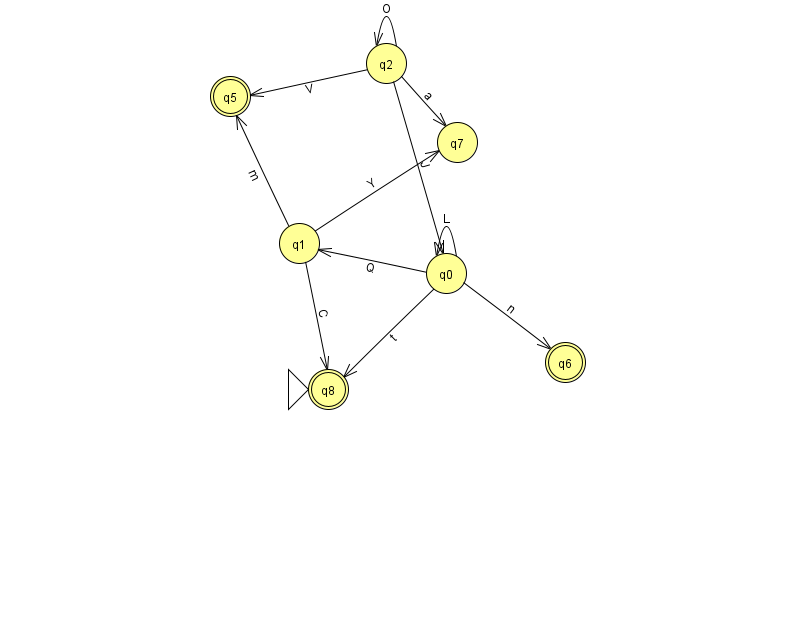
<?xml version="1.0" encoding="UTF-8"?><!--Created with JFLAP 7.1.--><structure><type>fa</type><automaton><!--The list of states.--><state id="0" name="q0"><x>446.0</x><y>260.0</y></state><state id="1" name="q1"><x>299.0</x><y>230.0</y></state><state id="2" name="q2"><x>386.0</x><y>50.0</y></state><state id="5" name="q5"><x>230.0</x><y>83.0</y><final/></state><state id="6" name="q6"><x>565.0</x><y>349.0</y><final/></state><state id="7" name="q7"><x>457.0</x><y>129.0</y></state><state id="8" name="q8"><x>328.0</x><y>376.0</y><initial/><final/></state><!--The list of transitions.--><transition><from>0</from><to>8</to><read>t</read></transition><transition><from>2</from><to>5</to><read>V</read></transition><transition><from>1</from><to>5</to><read>m</read></transition><transition><from>0</from><to>6</to><read>n</read></transition><transition><from>1</from><to>8</to><read>C</read></transition><transition><from>2</from><to>7</to><read>a</read></transition><transition><from>2</from><to>0</to><read>J</read></transition><transition><from>0</from><to>0</to><read>L</read></transition><transition><from>0</from><to>1</to><read>Q</read></transition><transition><from>1</from><to>7</to><read>Y</read></transition><transition><from>2</from><to>2</to><read>O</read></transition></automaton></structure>